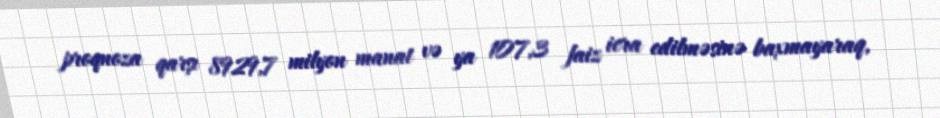
proqnoza qarşı 8929,7 milyon manat və ya 107,3 faiz icra edilməsinə baxmayaraq,